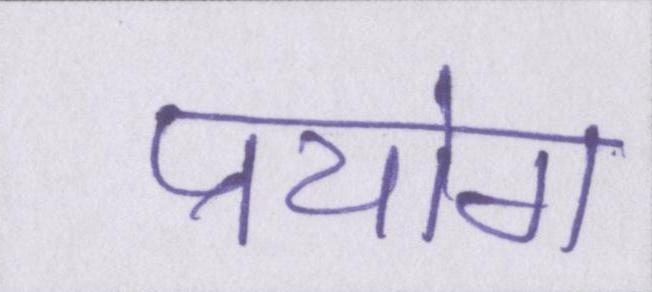
प्रयोग